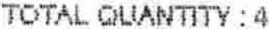
TOTAL QUANTITY : 4